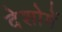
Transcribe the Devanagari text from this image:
देशोमें